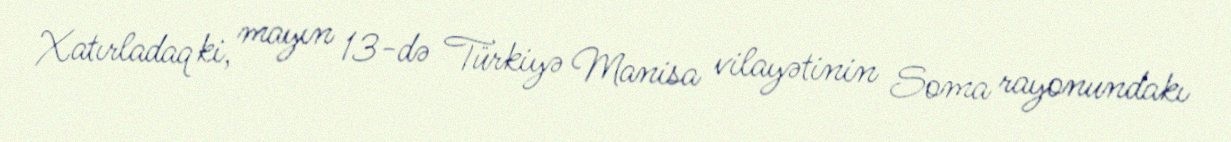
Xatırladaq ki, mayın 13-də Türkiyə Manisa vilayətinin Soma rayonundakı